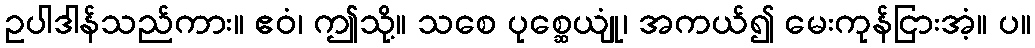
ဥပါဒါန်သည်ကား။ ဧဝံ၊ ဤသို့။ သစေ ပုစ္ဆေယျုံ၊ အကယ်၍ မေးကုန်ငြားအံ့။ ပ။